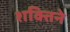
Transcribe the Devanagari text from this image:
शक्तिने